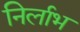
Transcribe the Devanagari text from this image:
निर्लाभ